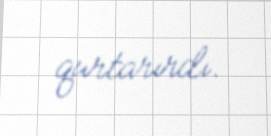
qurtarırdı.